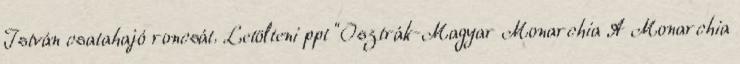
István csatahajó roncsát. Letölteni ppt "Osztrák-Magyar Monarchia A Monarchia